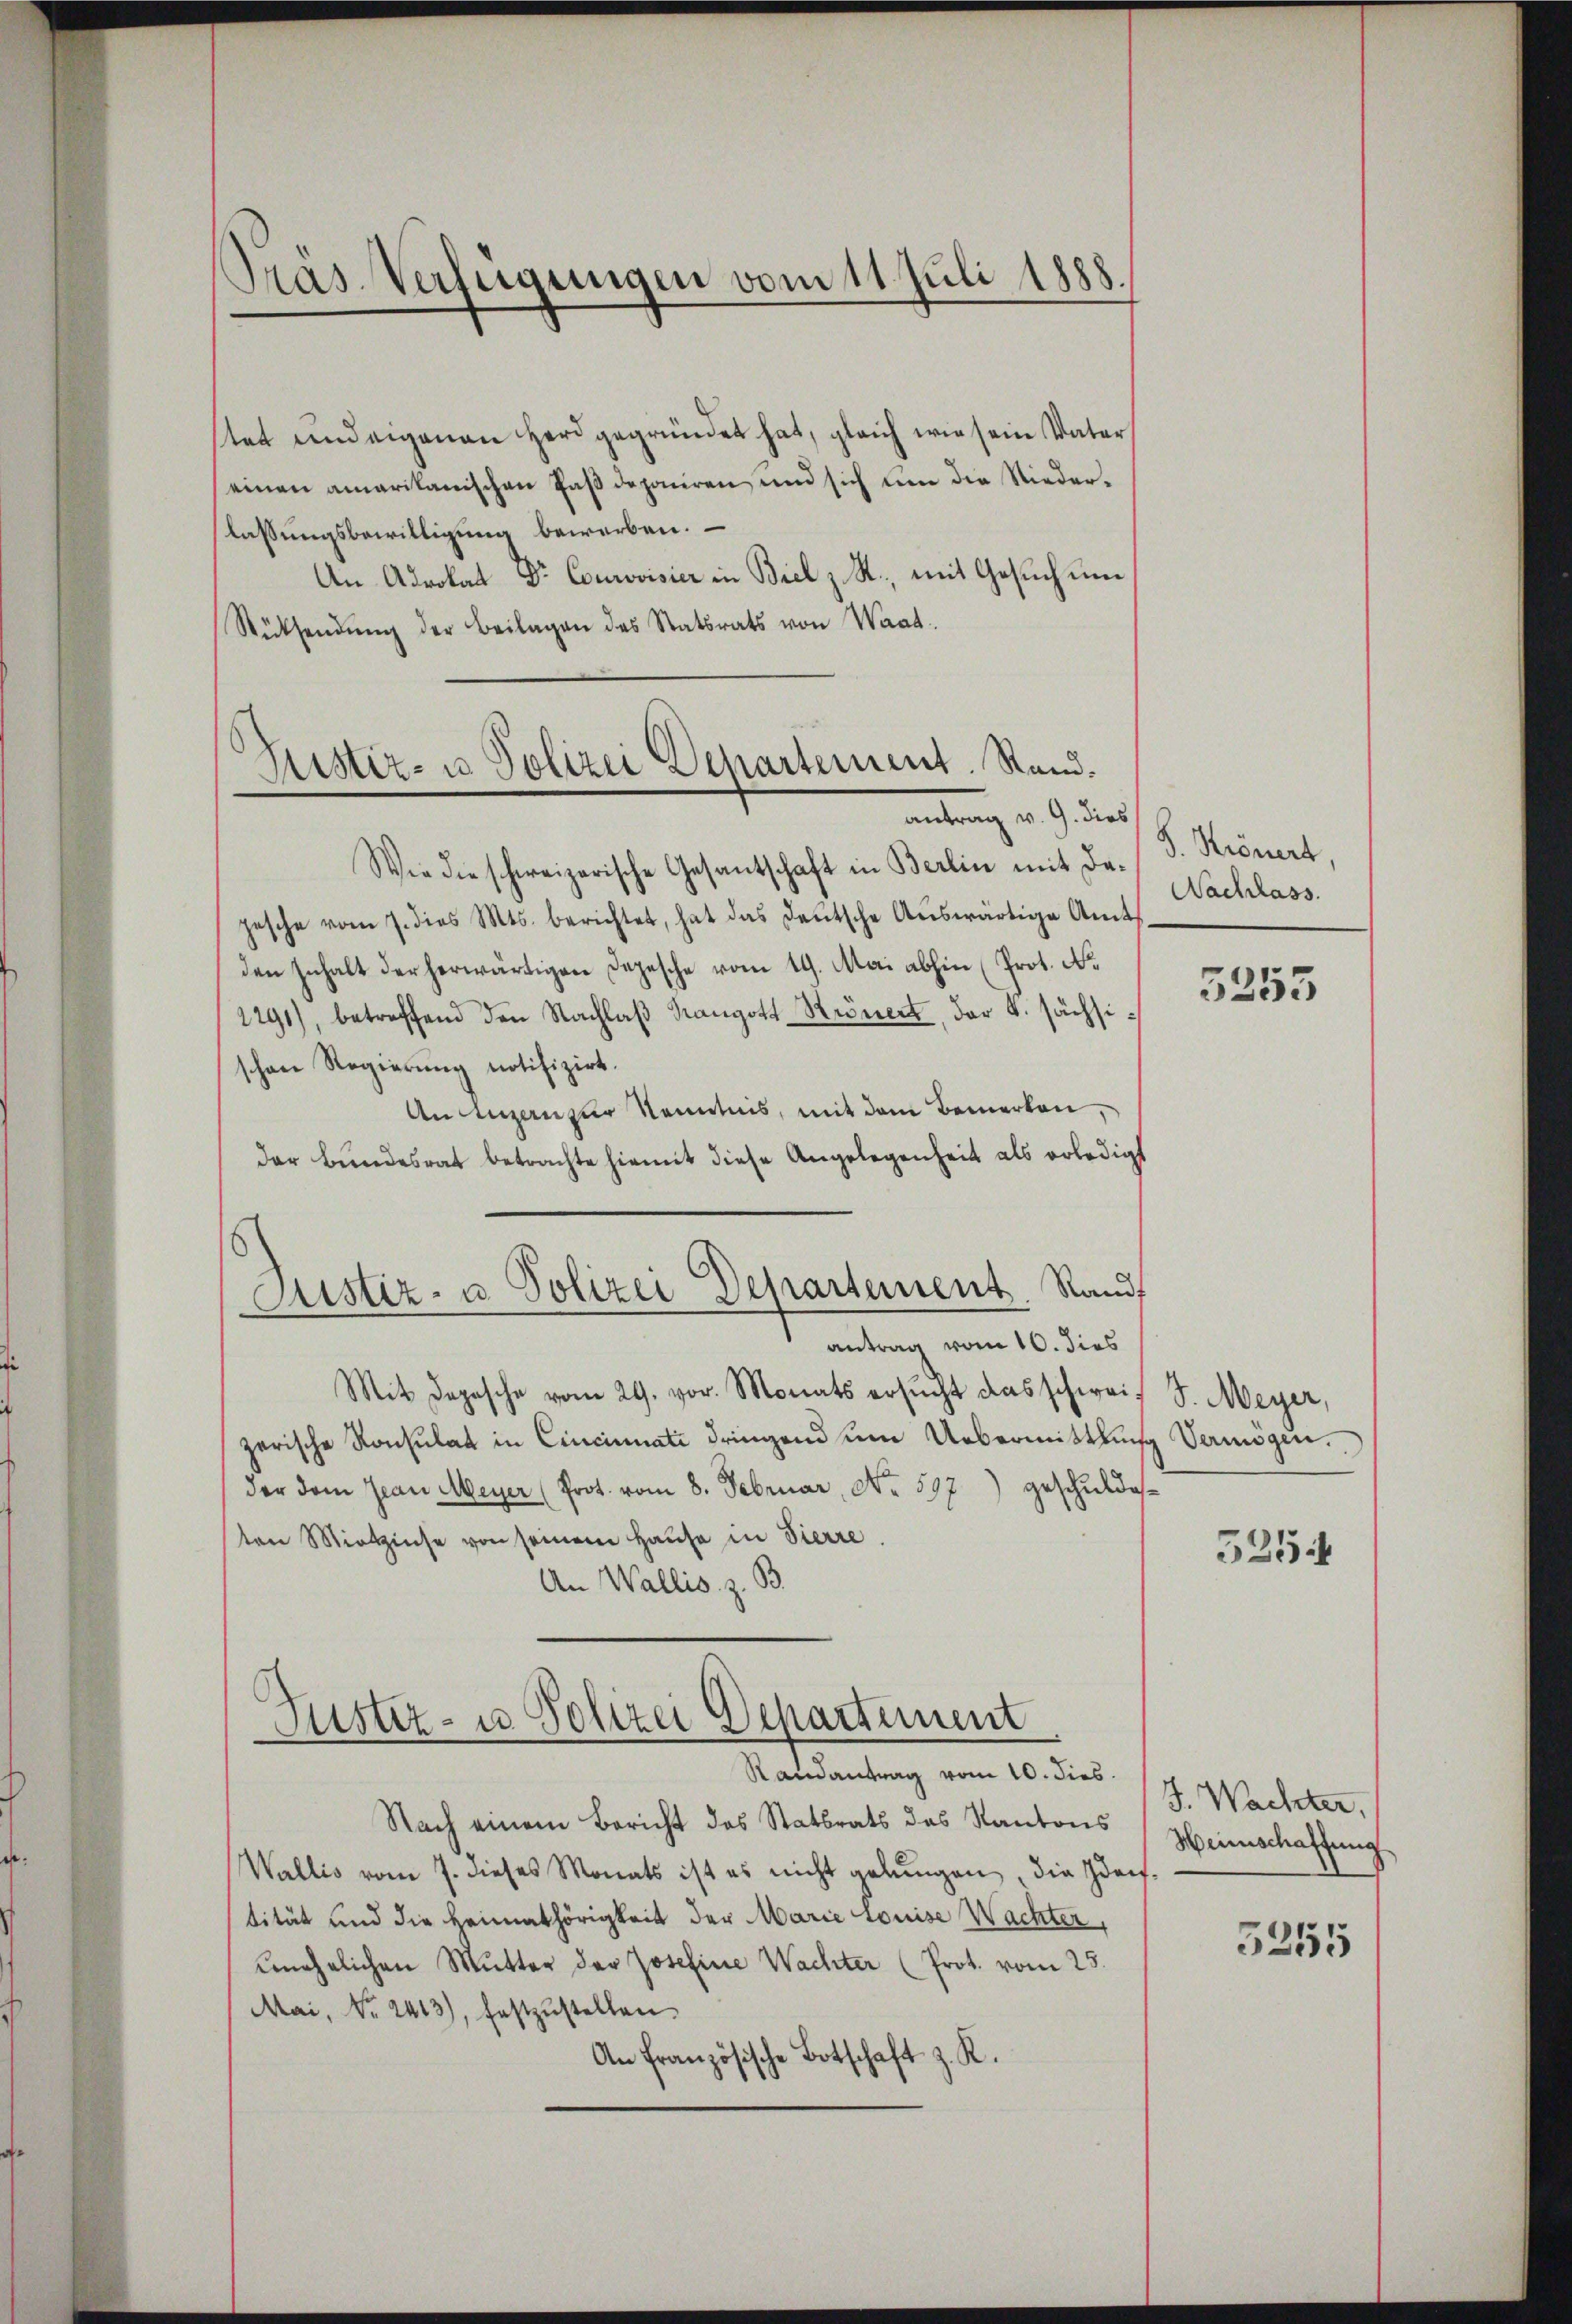
Präs. Verfügungen vom 11. Juli 1888.

stet und eigenen Herd gegründet hat, gleich wie sein Vater,
einen amarikanischen Paß deponiren und sich um die Niederlassŭngsbewilligŭng bewerben.
An Advokat Dr. Courvoisier in Biel z. R., mit Gesuch un¬
Rütsendŭng der Beilagen des Statsrats von Waat.

Justiz- u. Polizei Departement. Stand.
antrag v. 9. dies

Justiz- u. Polizei Departement. Randf

Wie die schweizerische Gesantschaft in Berlin mit De-
pesche vom 7. dies Mts. berichtet, hat das deŭtsche Aŭswärtige Amtsschlass.
den Inhalt der herwärtigen Depesche vom 19. Mai abhin (Prot. N.
2291), betreffend den Nachlaβ Rangott-Krönert, der 4. sächsi
schen Regierung notifizirt.
An Luzern zur Kenntnis, mit dem Bemerken,
der Bundesrat betrachte hiemit diese Angelegenheit als erledigt
antrag vom 10. dies
Mit Depesche vom 29. vor. Monats ersŭcht das schweizerische Konsulat in Cincinati dringend um Uebermittlung Vermögen.
der dem Jean Meyer (Prot. vom 8. Februar, No. 597) geschuldeten Mitzinse von seinem Hause in Pierre
An Wallis. z. B.
Justiz- u. Polizei Departement
Randantrag vom 10. dies.
Nach einem Bericht des Statsrats des Kantons
Wallis vom 7. dieses Monats ist es nicht gelungen, die Identtität und die Heimathörigkeit der Marie Louise Wachter,
unehelichen Mutter der Josefine Wachter (Prot. vom 25.
Mai, Nr. 2413), festzŭstellen
An Französische Botschaft z. R.

S. Krönert,

5255

S. Meyer,
525

J. Wachter,
Heinschaffung
5255